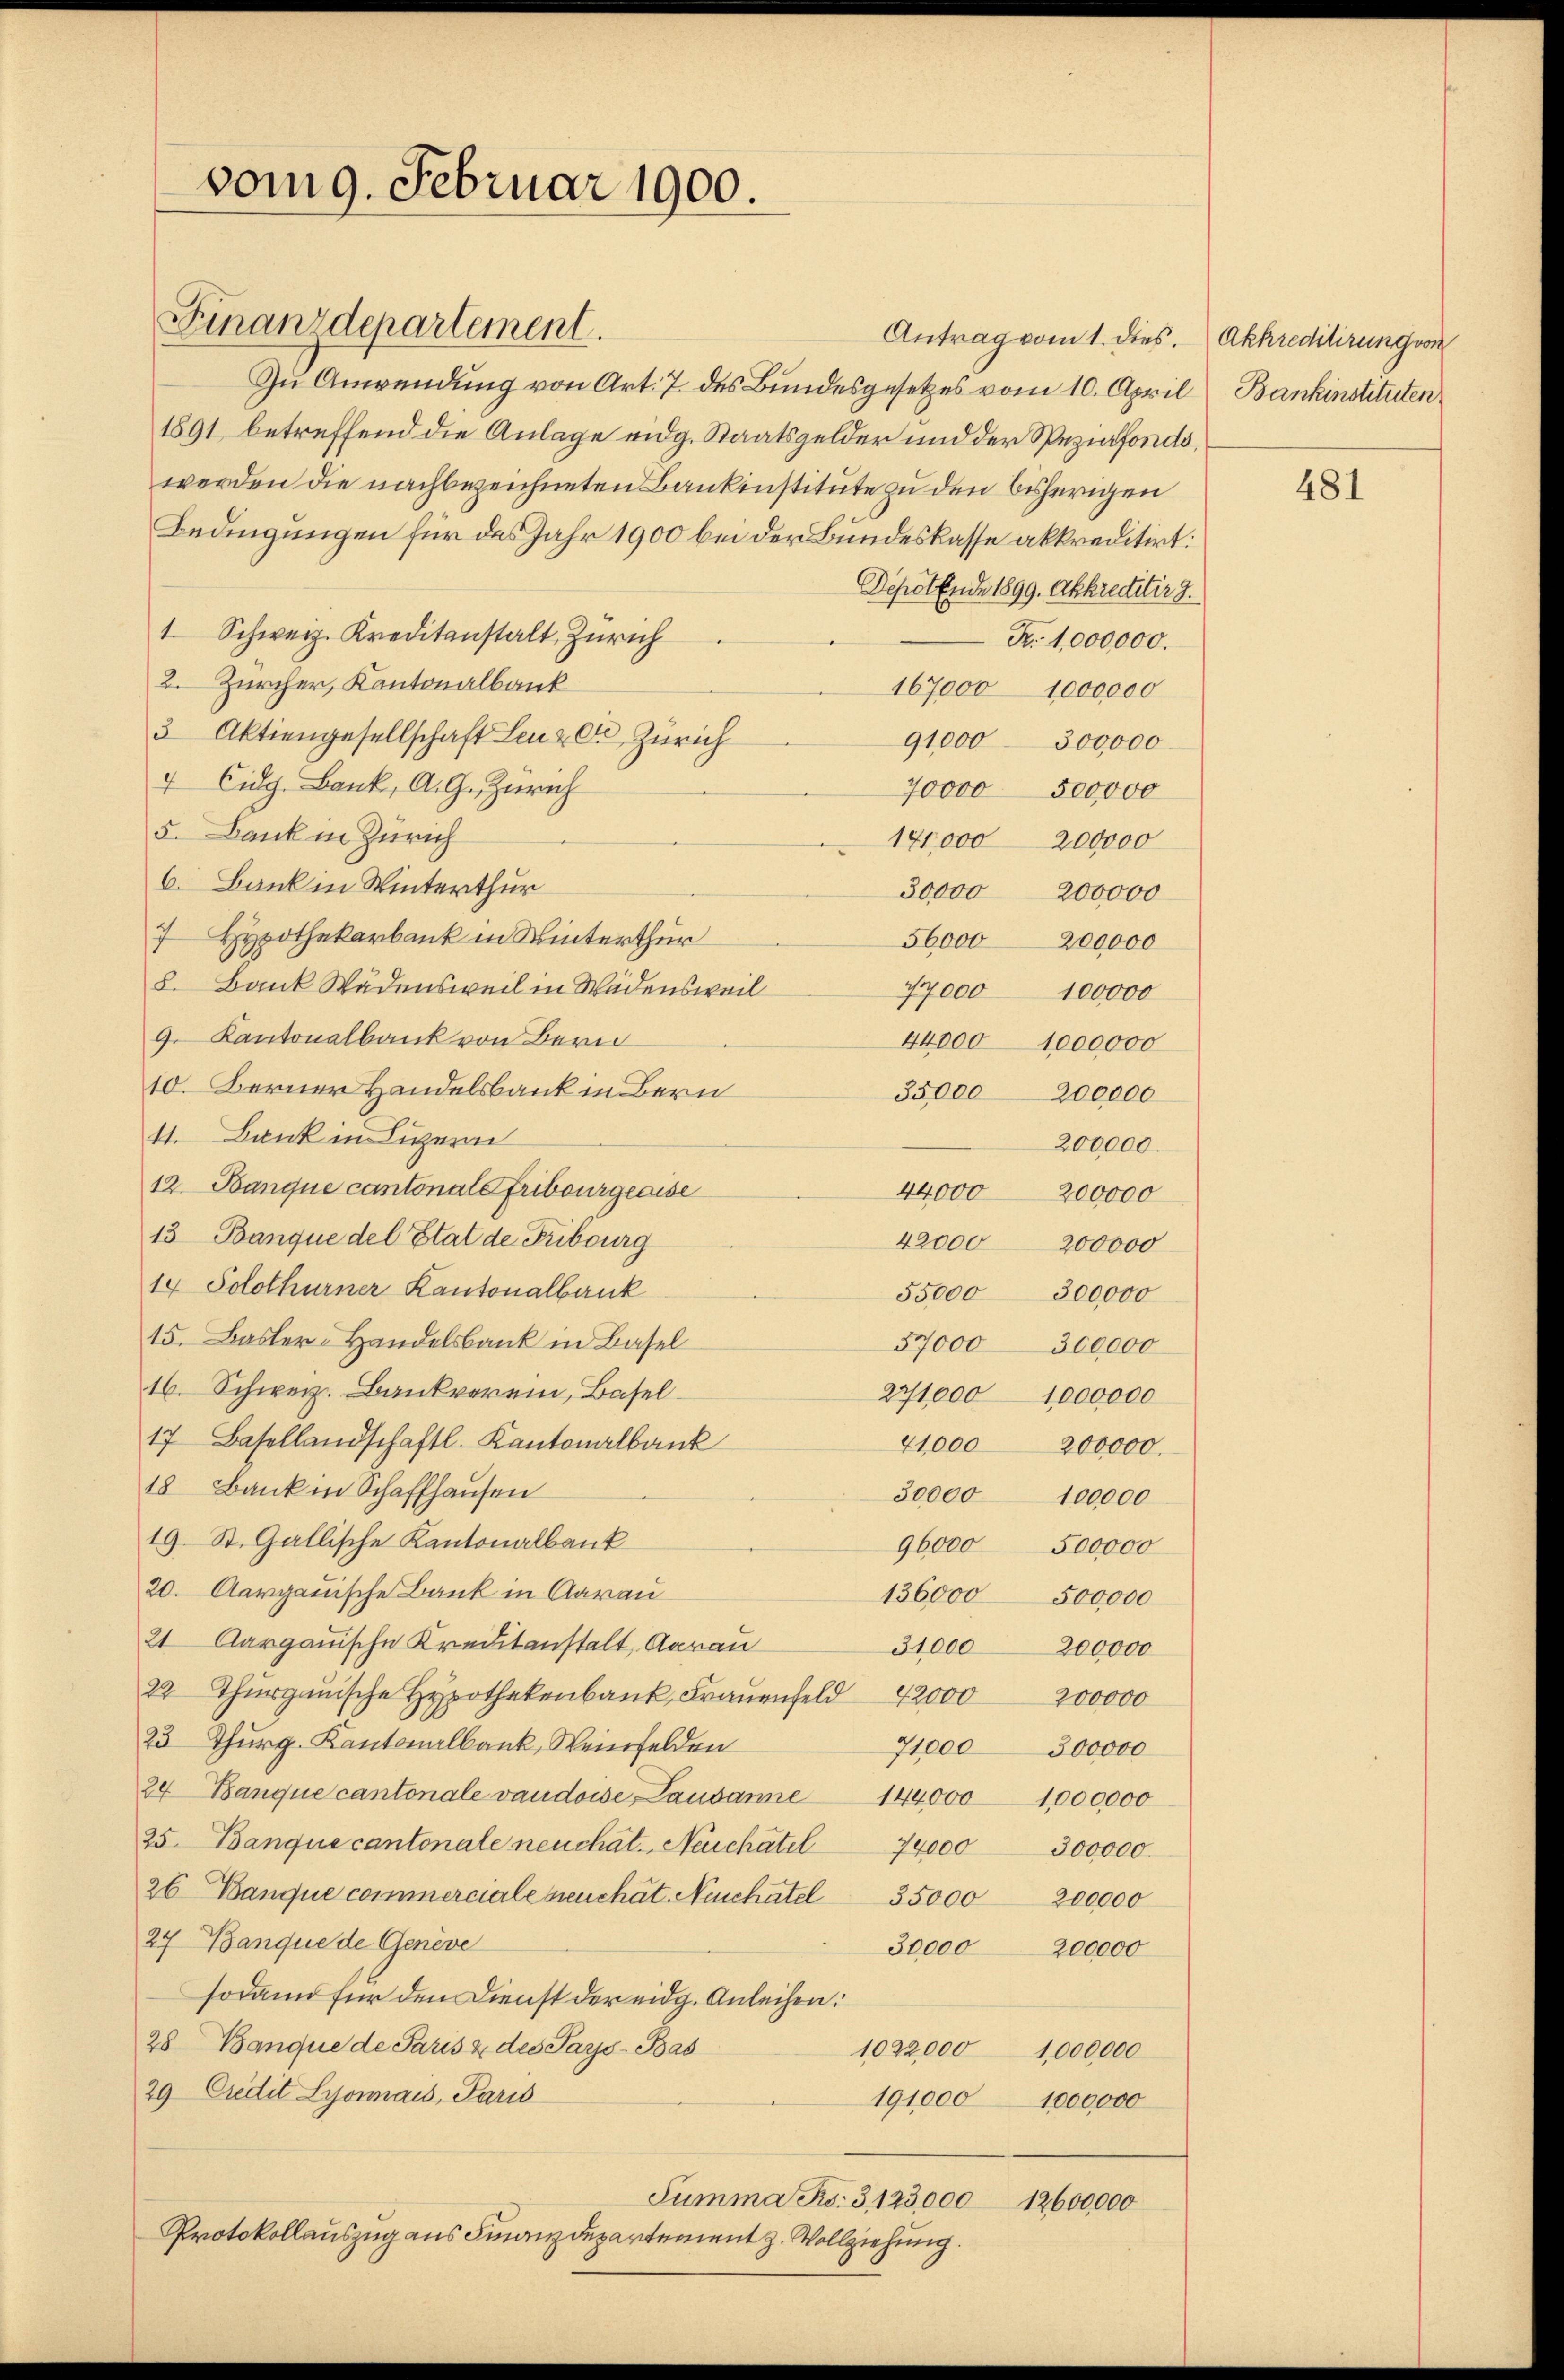
vom 9. Februar 1900.

Finanzdepartement.

Antrag vom 1. dies.
Zu Anwendung von Art. 7. des Bundesgesetzes vom 10. Apri
1891 betreffend die Anlage eidg. Staatsgelder und der Spezifona
werden die nachbezeichneten Bankinstitute zu den bisherigen
Bedingungen für des Jahr 1900 bei der Bundeskasse akkreditirt
Depotende 1899. Akkreditir
1 Schweiz. Kreditanstalt, Zürich
Fr. 1,000,000.
2. Zürcher, Kantonalbank
3 Aktiengesellschaft Lenz Ct. Zürich
91000
300,000
4 Eidg. Bank, A. G. Zürich
70,000
5. Dank in Zürich
171,000 200000
6. Bank in Winterthur
30,000 200000
7 Hypothekarbank in Winterthur
56,000 200,000
8. Bank Wädensweil in Wädensweil
47000 100000
9. Kantonalbank von Bern
44000 1000000
10. Berner Handelsbank in Bern
35,000 200000
11. Bank in Luzern
200000.
12 Banque cantonale Fribourgeoise
44000 200000
13 Banque del Stat de Fribourg
42000 200000
14 Solothurner Kantonalbank
55,000 300,000
15. Basler-Handelsbank in Basel
57000 300,000
16. Schweiz. Bankverein, Basel
271,000 1000000
17 Basellandschaftl. Kantonalbank
41,000 200000.
18 Bank in Schaffhausen
30,000 100000
19. St. Gallische Kantonalbank
96000 500000
20. Aargauische Bank in Aarau
136,000 500,000
21 Aargauische Kreditanstalt, Aarau
31,000200,000
22 Thurgauische Hypothekenbank, Frauenfeld 4200000000
23 Thurg. Kantonalbank, Weinfelden
71,000 300000
24 Banque cantonale vaudoise, Lausanne 144000 1000000
25. Banque cantonale neuchat. Neuchâtel 74000 300,000.
26 Banque commerciale heuchat. Neuchatel 35000
200,000
27 Banque de Genève
30,000 200000
sodann für den Dienst der eidg. Anleihen.
28 Banque de Paris & des Pays-Bas
1022,000
1,000,000
29 Credit Lyonais, Paris
191,000 1000000
Summa Rs. 3123,000 12600,000
Protokollauszug aus Finanzdepartement z. Vollziehung.

167000 1000000

500,000

Akkreditirung von
l Bankinstituten
10.

.
.

481